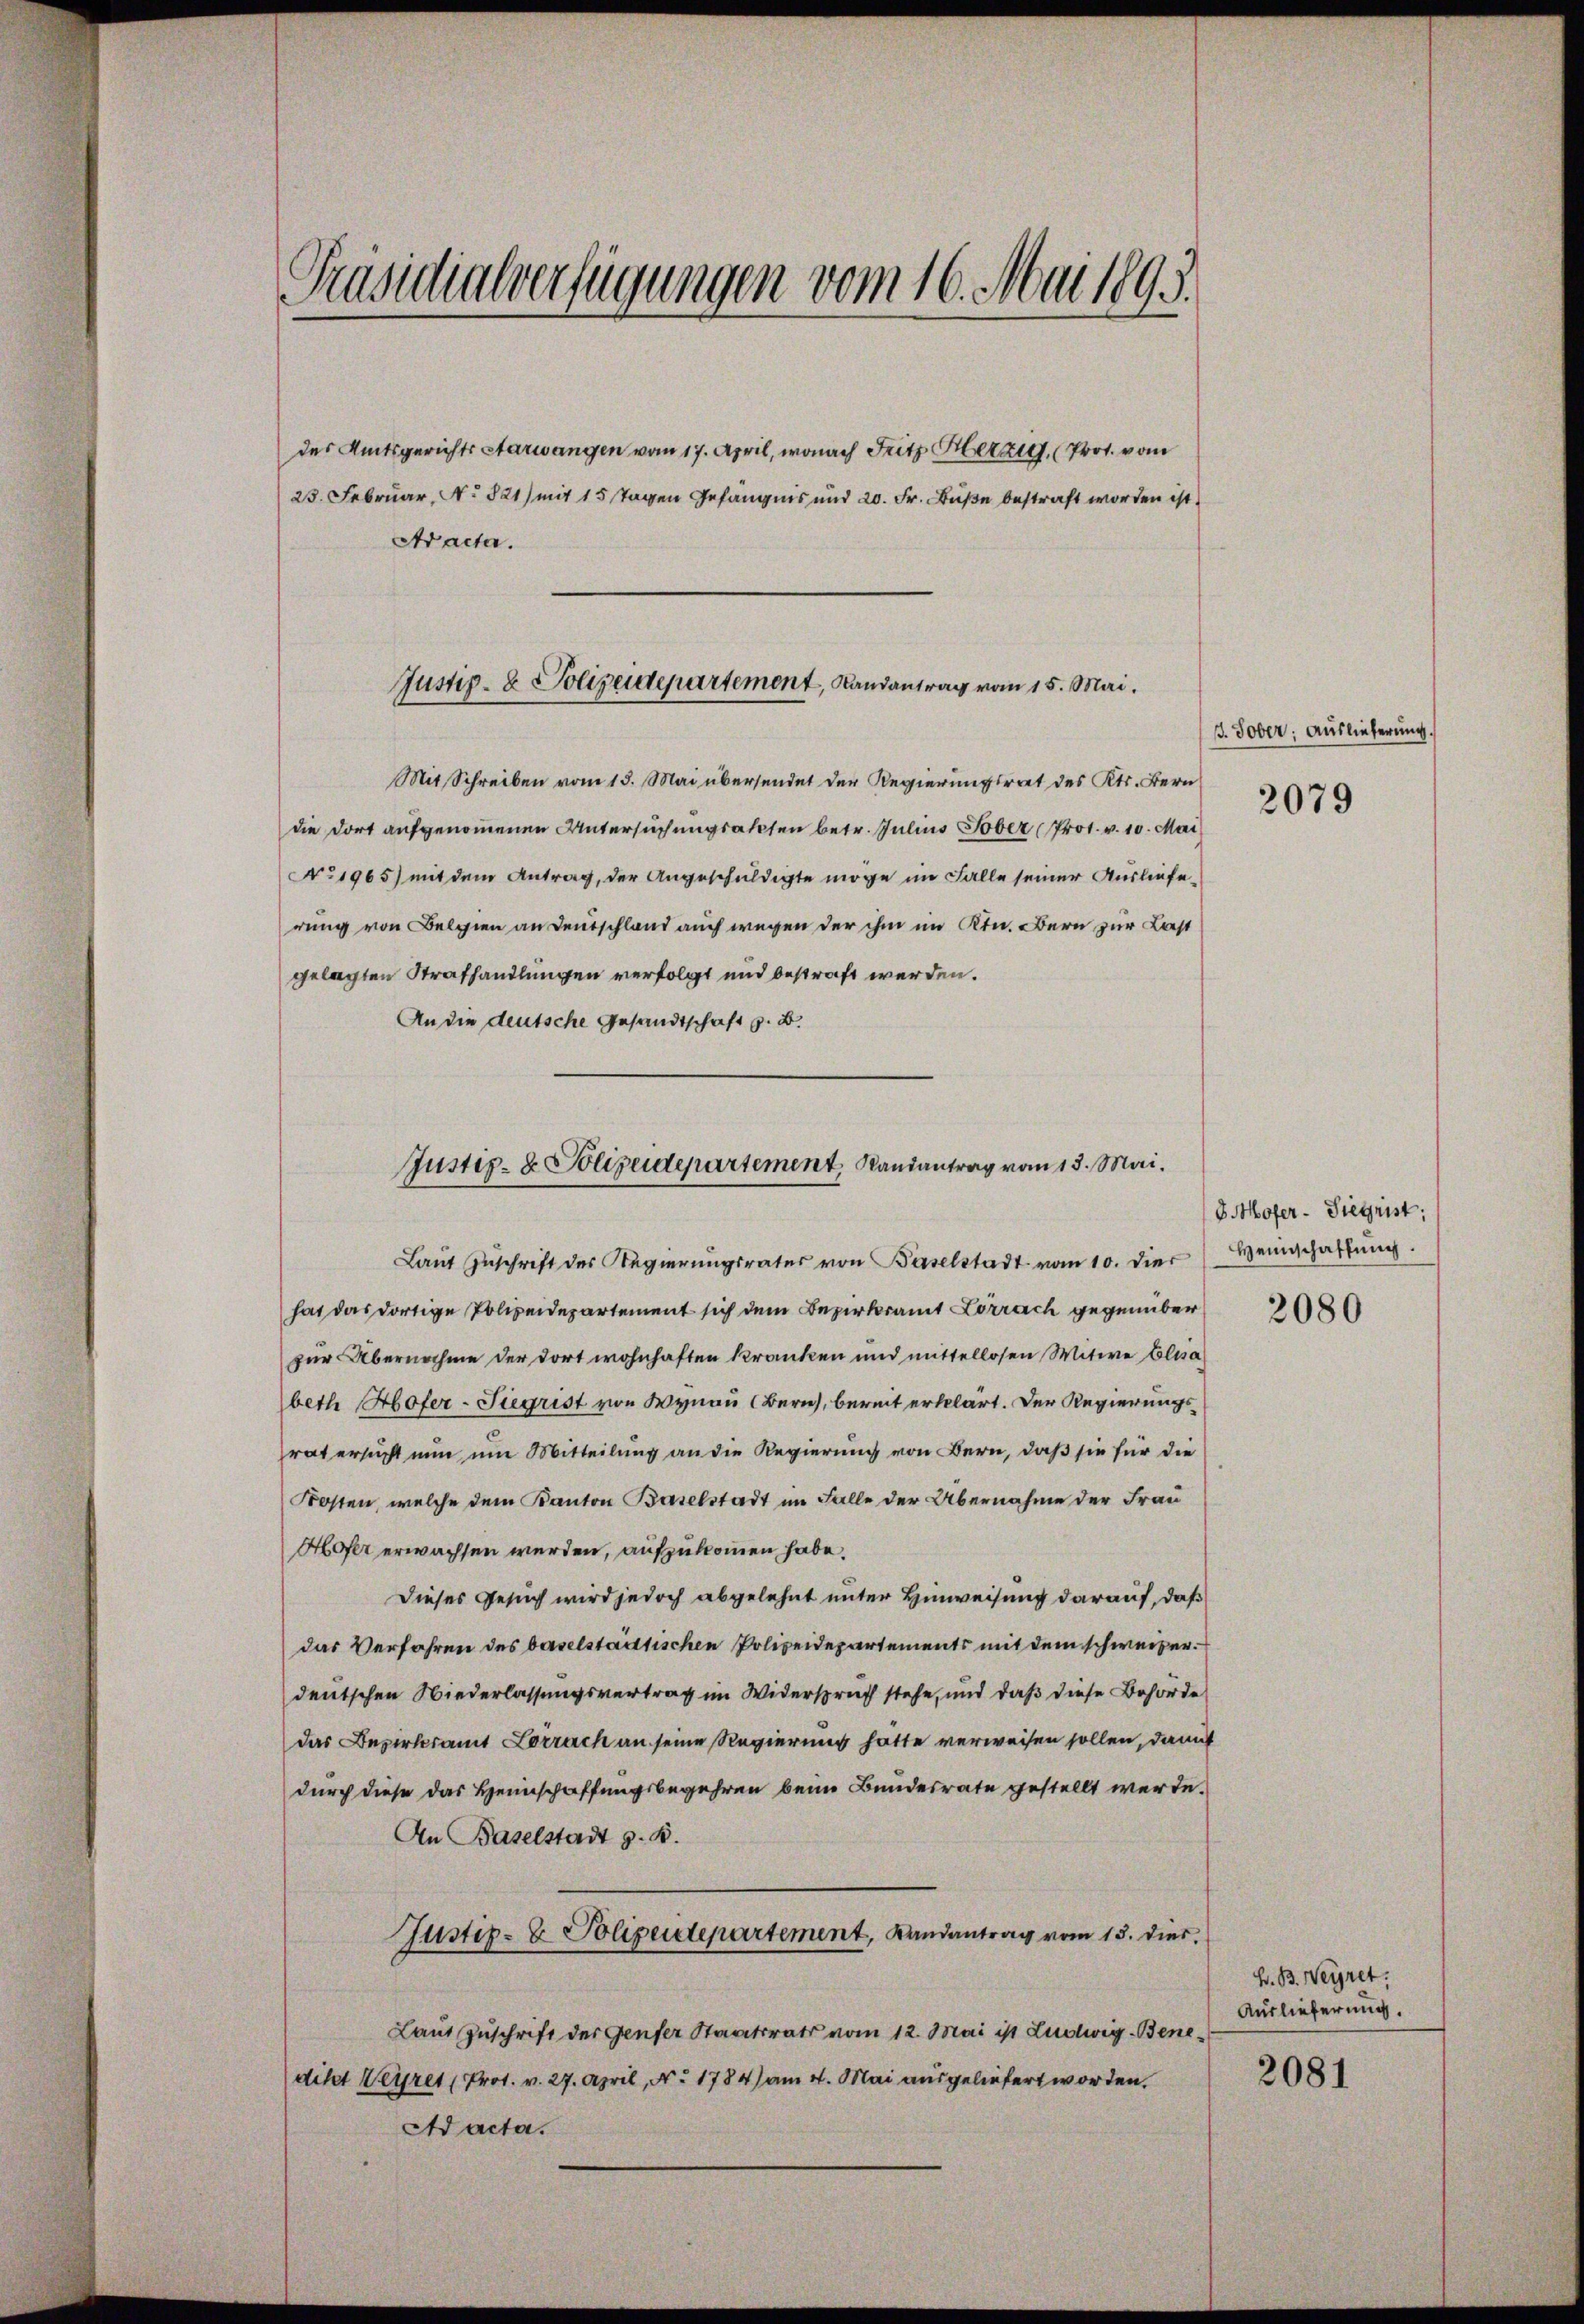
Präsidialverfügungen vom 16. Mai 1895.

des Amtsgerichts Aarwangen vom 17. April, wonach Fritz Herzig, Prot. vom
23. Februar, No 821) mit 15 Tagen Gefängnis und 20. Fr. Buße bestraft worden ist.
Aracta.

Justiz- & Polizeidepartement, Landantrag vom 15. Mai.

Mit Schreiben vom 15. Mai übersendet der Regierungsrat des Kts. Bern
die dort aufgenommenen Untersuchungsakten betr. Julius Tober (Prot. v. 10. Mai
No1965) mit dem Antrag, der Angeschuldigte möge im Falle seiner Auslieferung von Belgien an Deutschland auch wegen der ihm im Ktn. Bern zur Last
gelegten Strafhandlungen verfolgt und bestraft werden.
An die deutsche Gesandtschaft z. B.

Justiz- & Polizeidepartement Randantrag vom 13. Mai.

Laŭt Zŭschrift des Regierŭngsrates von Baselstadt vom 10. dier Weinschaftŭng.
hat das dortige Polizeidepartement sich dem Bezirksamt Lörrach gegenüber
zur Übernahme der dort wohnhaften Kranken und mittellosen Witwe Elisa
beth Hofer-Siegrist von Wynau (Bern, bereit erklärt. Der Regierungsrat ersucht nun um Mitteilung an die Regierung von Bern, daß sie für die
Kosten, welche dem Kanton Baselstadt im Falle der Übernahme der Frau
Hofer erwachsen werden, aufzukommen habe.
Dieses Gesuch wird jedoch abgelehnt unter Hinweisung darauf, daß
das Verfahren des baselstädtischen Polizeidepartements mit dem schweizer.
deutschen Niederlassungsvertrag im Widerspruch stehe, und daß diese Behörde
das Bezirksamt Lörrach an seine Regierung hatte verweisen sollen, damit
durch diese das Heimschaffungsbegehren beim Bundesrate gestellt werde.
An Baselstadt z. B.
Justiz- & Polizeidepartement, Landantrag vom 15. dies
Laut Zuschrift der Genfer Staatsrats vom 12. Mai ist Ludwig- Benedikt Weÿrer (Prot. v. 27. April, No 1784) am 4. Mai ausgeliefert worden.
Ad acta.

3. Tober: Auslieferung.
2079

Mofer-Siegrist:

2080

H. B. Weÿret:
Auslieferung.
2081